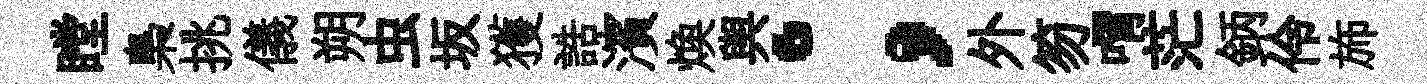
瞠梟挑儀朔虫坂獲誥濱焕舆；外笏喟茫鈵伶斾